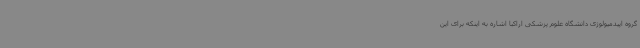
گروه اپیدمیولوژی دانشگاه علوم پزشکی اراکبا اشاره به اینکه برای این